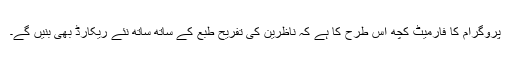
پروگرام کا فارمیٹ کچھ اس طرح کا ہے کہ ناظرین کی تفریح طبع کے ساتھ ساتھ نئے ریکارڈ بھی بنیں گے۔